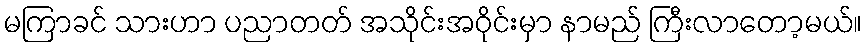
မကြာခင် သားဟာ ပညာတတ် အသိုင်းအဝိုင်းမှာ နာမည် ကြီးလာတော့မယ်။